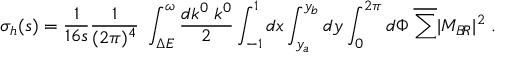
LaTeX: \sigma _ { h } ( s ) = \frac { 1 } { 1 6 s } \frac { 1 } { ( 2 \pi ) ^ { 4 } } \; \int _ { \Delta E } ^ { \omega } \frac { d k ^ { 0 } \; k ^ { 0 } } { 2 } \int _ { - 1 } ^ { 1 } d x \int _ { y _ { a } } ^ { y _ { b } } d y \int _ { 0 } ^ { 2 \pi } d \Phi \; \overline { { { \sum } } } | { \cal M } _ { B \! R } | ^ { 2 } \; .